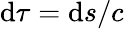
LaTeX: \mathrm{d}\tau=\mathrm{d}s/c